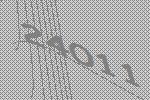
24011